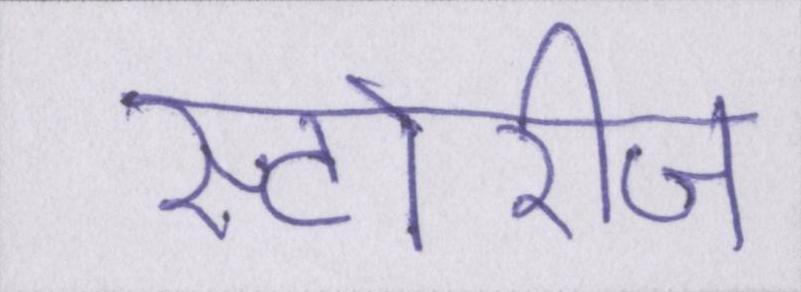
स्टोरीज